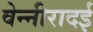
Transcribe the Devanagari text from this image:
वेन्नीरादई